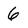
Character: 6